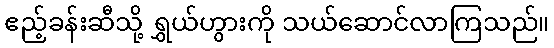
ဧည့်ခန်းဆီသို့ ရွှယ်ဟွားကို သယ်ဆောင်လာကြသည်။